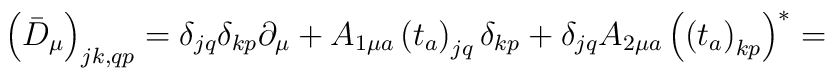
\left(\bar{D}_\mu\right)_{jk,qp}=\delta_{jq}\delta_{kp}\partial_\mu+	A_{1\mu a}\left(t_a\right)_{jq}\delta_{kp}+\delta_{jq}A_{2\mu a}\left(	\left(t_a\right)_{kp}\right)^\ast=